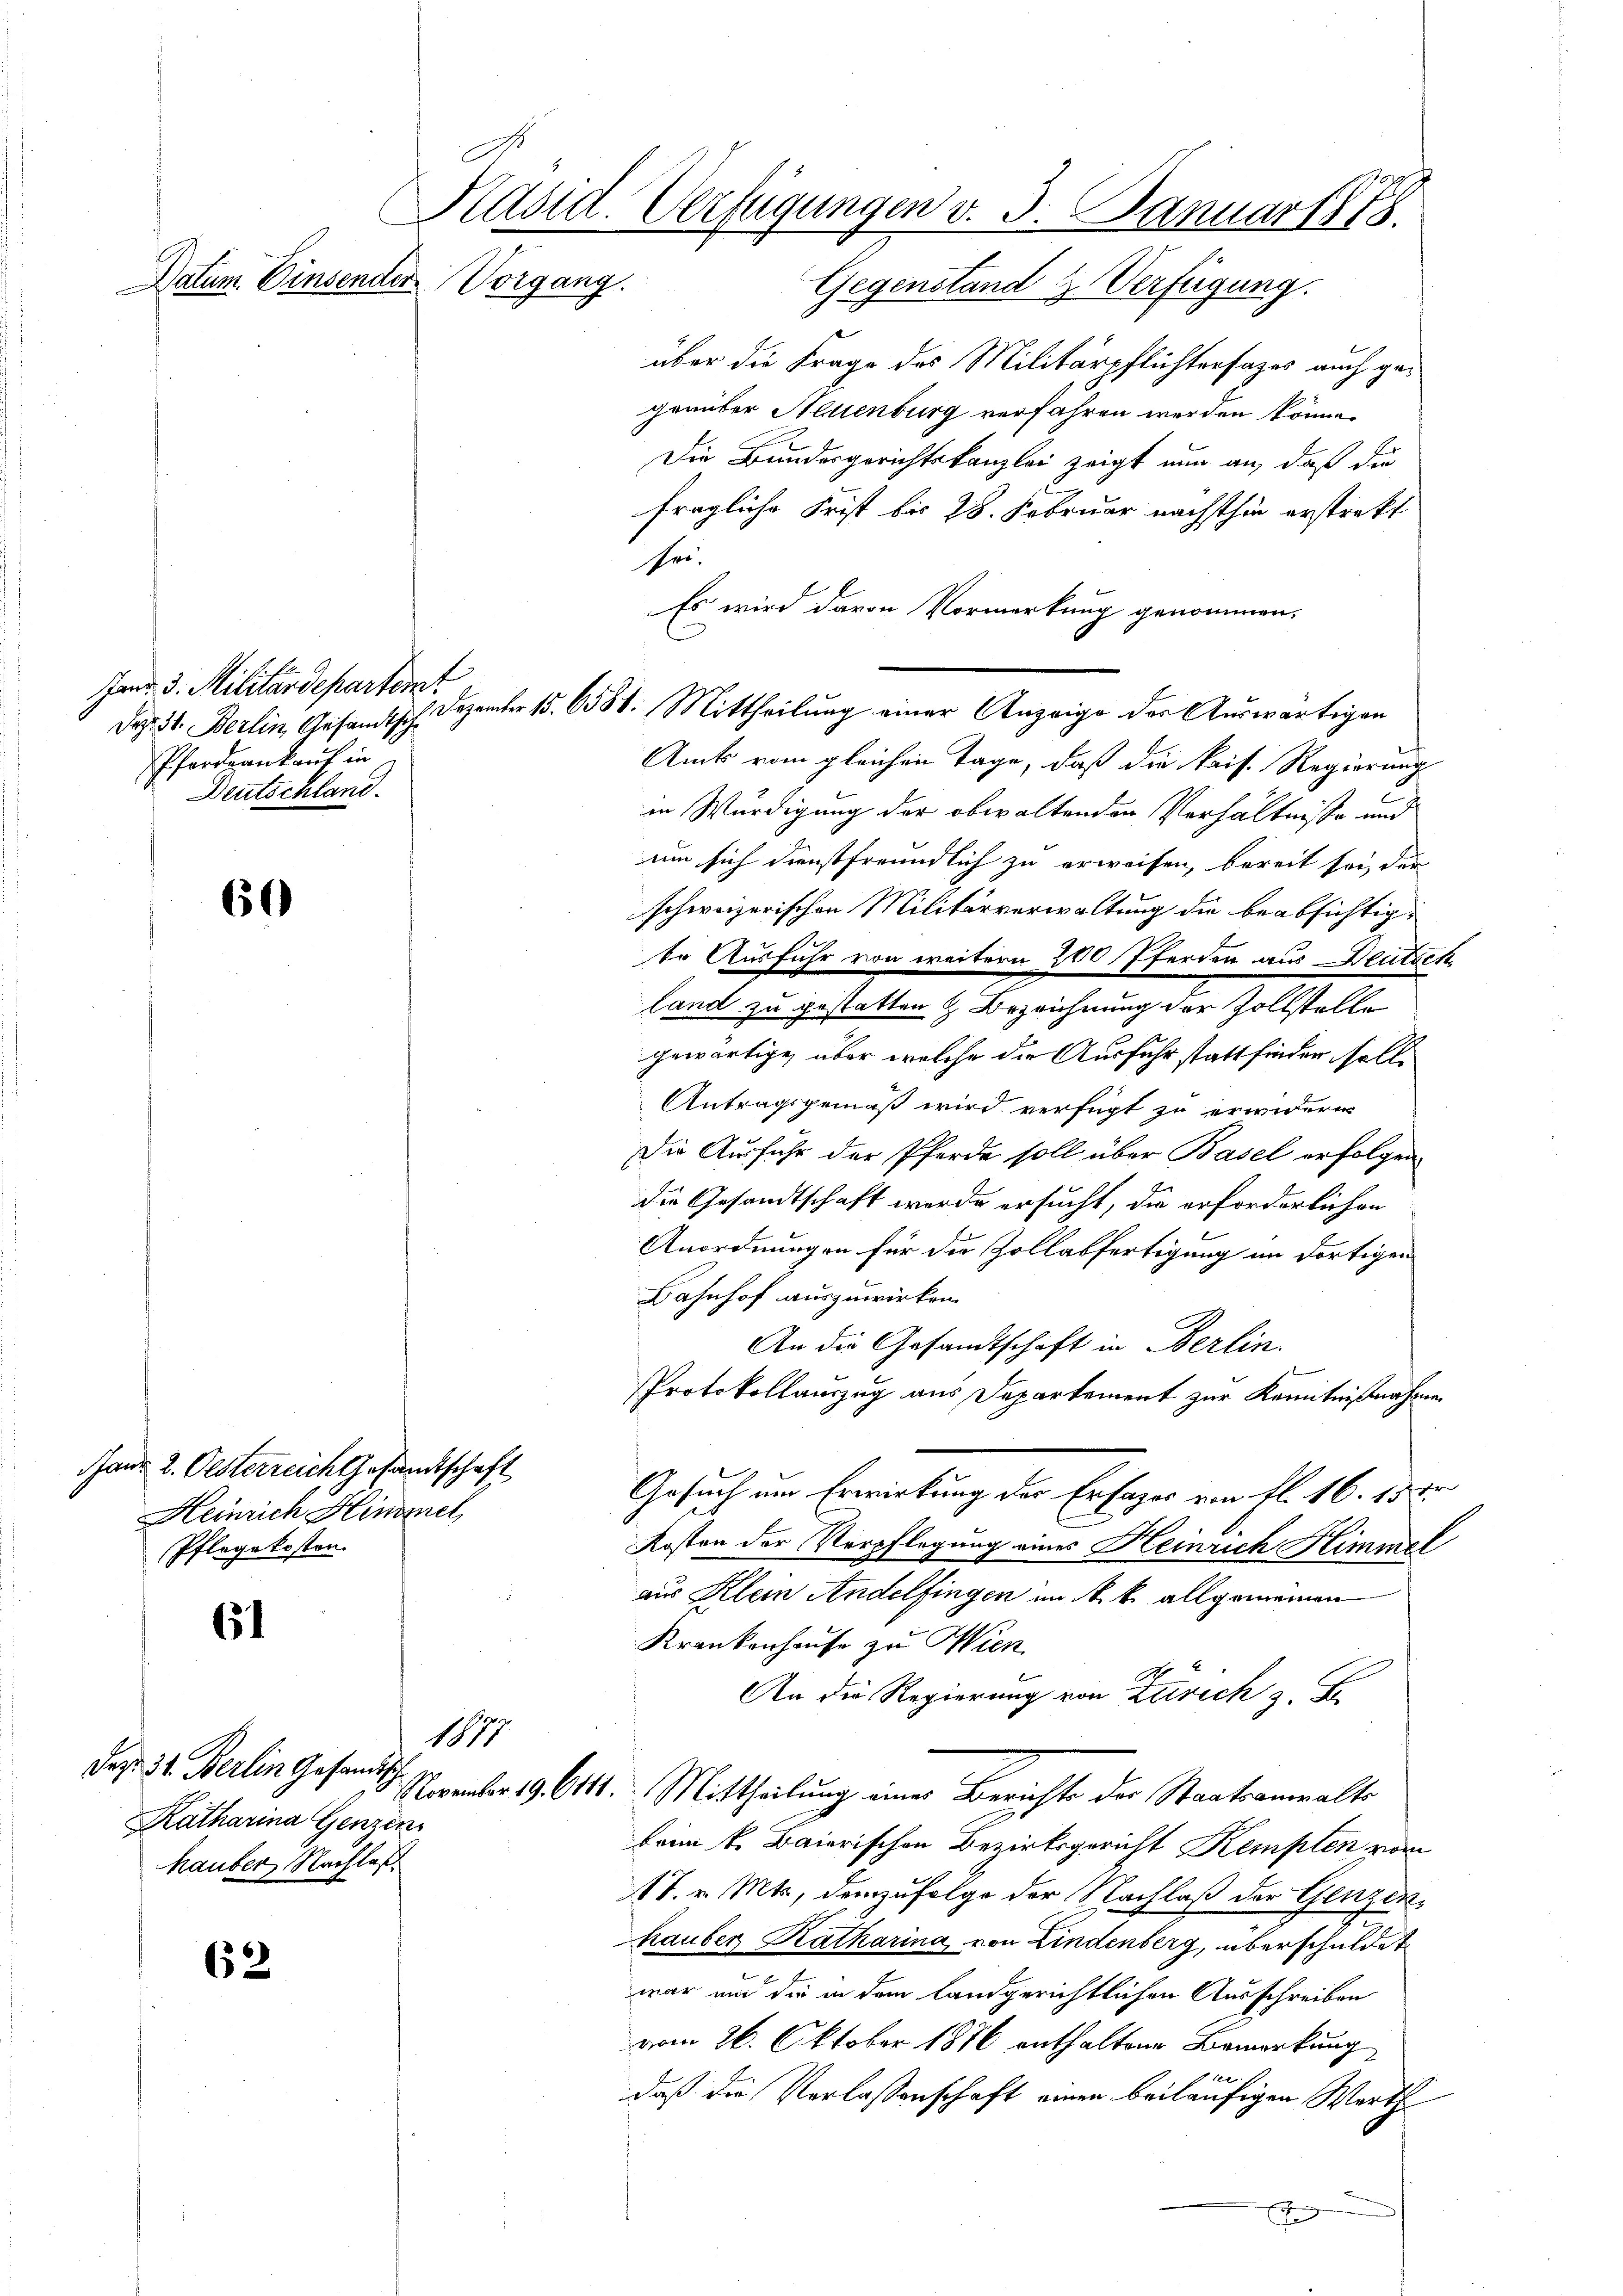
Janr. 3. Militärdepartemt
Pfordeankauf in
Deutschland.

60

Janr. 2. Oesterreich Gesandtschaft
Heinrich Hinzel
Pflegekosten

61

das. 31. Berlin Gesandtsch
Katharina Genzen
hauber, Nachlaß.

62

Präsid. Verfügungen v. 3. Januar 1878.
Datum. Einsender Vorgang.
Gegenstand & Verfügung.

über die Frage des Militärpflichtersages auch gegenüber Neuenburg verfahren werden könne.
Die Bundesgerichtskanzlei zeigt nun an, daß die
fragliche Frist bis 28. Februar nächsthin erstrekt
sen
Es wird davon Vormerkung genommen,
Amts vom gleichen Tage, daß die kais. Regierung
in Würdigung der obwaltenden Verhältnisse und
um sich dienstfreundlich zu erweisen, bereit sei, der
schweizerischen Militärverwaltung die beabsichtigte Ausfuhr von weitern 200 Pferden aus Deutsch
land zu gestatten Bezeichnung der Zollstelle
gewärtige, über welche die Ausfuhr stattfinden soll.
Antragsgemäß wird verfügt zu erwidern
Die Ausfuhr der Pferde soll über Basel erfolgen
die Gesandtschaft werde ersucht, die erforderlichen
Anordnungen für die Zollabfertigung im dortigen
Bahnhof auszuwirken.
An die Gesandtschaft in Berlin.
Protokollauszug aus Departement zur Kenntnißnahmen
Gesuch um Erwirkung des Erfazer von fl. 16. 15 Fr
E
Kosten der Verpflegung eines Heinrich Himmel
aus Klein Andelfingen im k. allgemeinen
Krankenhause zu Wien
An die Regierung von Zürich 3. Fr.
November 196111. Mittheilung einer Berichts der Staatsanwalts
beim k. Baierischen Bezirksgericht Kempten vom
T. v. Mts, demzufolge der Nachlaß der Genzenhauber Katharina, von Lindenberg, überschuldet
war und die in dem landgerichtlichen Ausschreiben
vom 26. Oktober 1876 enthaltene Bemerkung
1
daß die Verlassenschaft einen beiläufigen Werth
J

1877

Dez. 31. Berlin, Gesandtsch. Dezember 15. 6388. Mittheilung einer Anzeige der Auswärtigen